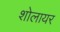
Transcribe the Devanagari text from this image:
शोलायर